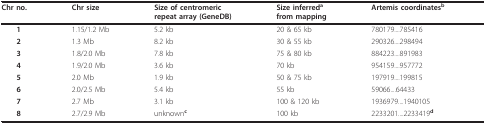
<table><thead><tr><td><b>Chr no.</b></td><td><b>Chr size</b></td><td><b>Size of centromericrepeat array (GeneDB)</b></td><td><b>Size inferred<sup>a</sup>from mapping</b></td><td><b>Artemis coordinates<sup>b </sup></b></td></tr></thead><tbody><tr><td> <b>1</b></td><td>1.15/1.2 Mb</td><td>5.2 kb</td><td>20 &amp; 65 kb</td><td>780179....785416</td></tr><tr><td> <b>2</b></td><td>1.3 Mb</td><td>8.2 kb</td><td>30 &amp; 55 kb</td><td>290326....298494</td></tr><tr><td> <b>3</b></td><td>1.8/2.0 Mb</td><td>7.8 kb</td><td>75 &amp; 80 kb</td><td>884223....891983</td></tr><tr><td> <b>4</b></td><td>1.9/2.0 Mb</td><td>3.6 kb</td><td>70 kb</td><td>954159....957772</td></tr><tr><td> <b>5</b></td><td>2.0 Mb</td><td>1.9 kb</td><td>50 &amp; 75 kb</td><td>197919....199815</td></tr><tr><td> <b>6</b></td><td>2.0/2.5 Mb</td><td>5.4 kb</td><td>55 kb</td><td>59066....64433</td></tr><tr><td> <b>7</b></td><td>2.7 Mb</td><td>3.1 kb</td><td>100 &amp; 120 kb</td><td>1936979....1940105</td></tr><tr><td> <b>8</b></td><td>2.7/2.9 Mb</td><td>unknown<b><sup>c</sup></b></td><td>100 kb</td><td>2233201....2233419<b><sup>d</sup></b></td></tr></tbody></table>